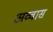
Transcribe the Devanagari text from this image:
अव्वास